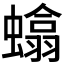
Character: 𫋞